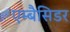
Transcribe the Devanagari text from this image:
एम्बैसिडर